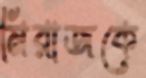
মিরাজকে